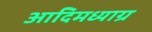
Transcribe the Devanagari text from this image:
आदिमध्याग्र